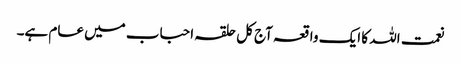
نعمت اللہ کا ایک واقعہ آج کل حلقہ احباب میں عام ہے۔